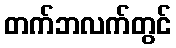
တက်ဘလက်တွင်